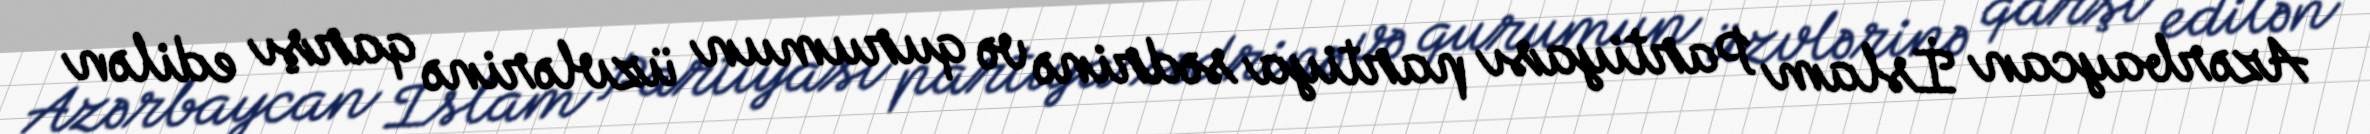
Azərbaycan İslam Partiyası partiya sədrinə və qurumun üzvlərinə qarşı edilən